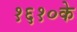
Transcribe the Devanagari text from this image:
१६१०के